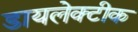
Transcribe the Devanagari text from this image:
डायलेक्टीक